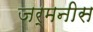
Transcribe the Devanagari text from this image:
जर्मनीस